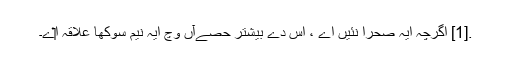
.[1] اگرچہ ایہ صحرا نئيں اے ، اس دے بیشتر حصےآں وچ ایہ نیم سوکھا علاقہ ا‏‏ے۔